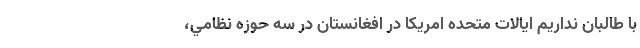
با طالبان نداريم ايالات متحده امريكا در افغانستان در سه حوزه نظامي،